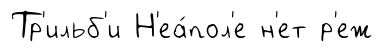
Тр'ильб'и Н'еа́пол'е н'ет р'еж